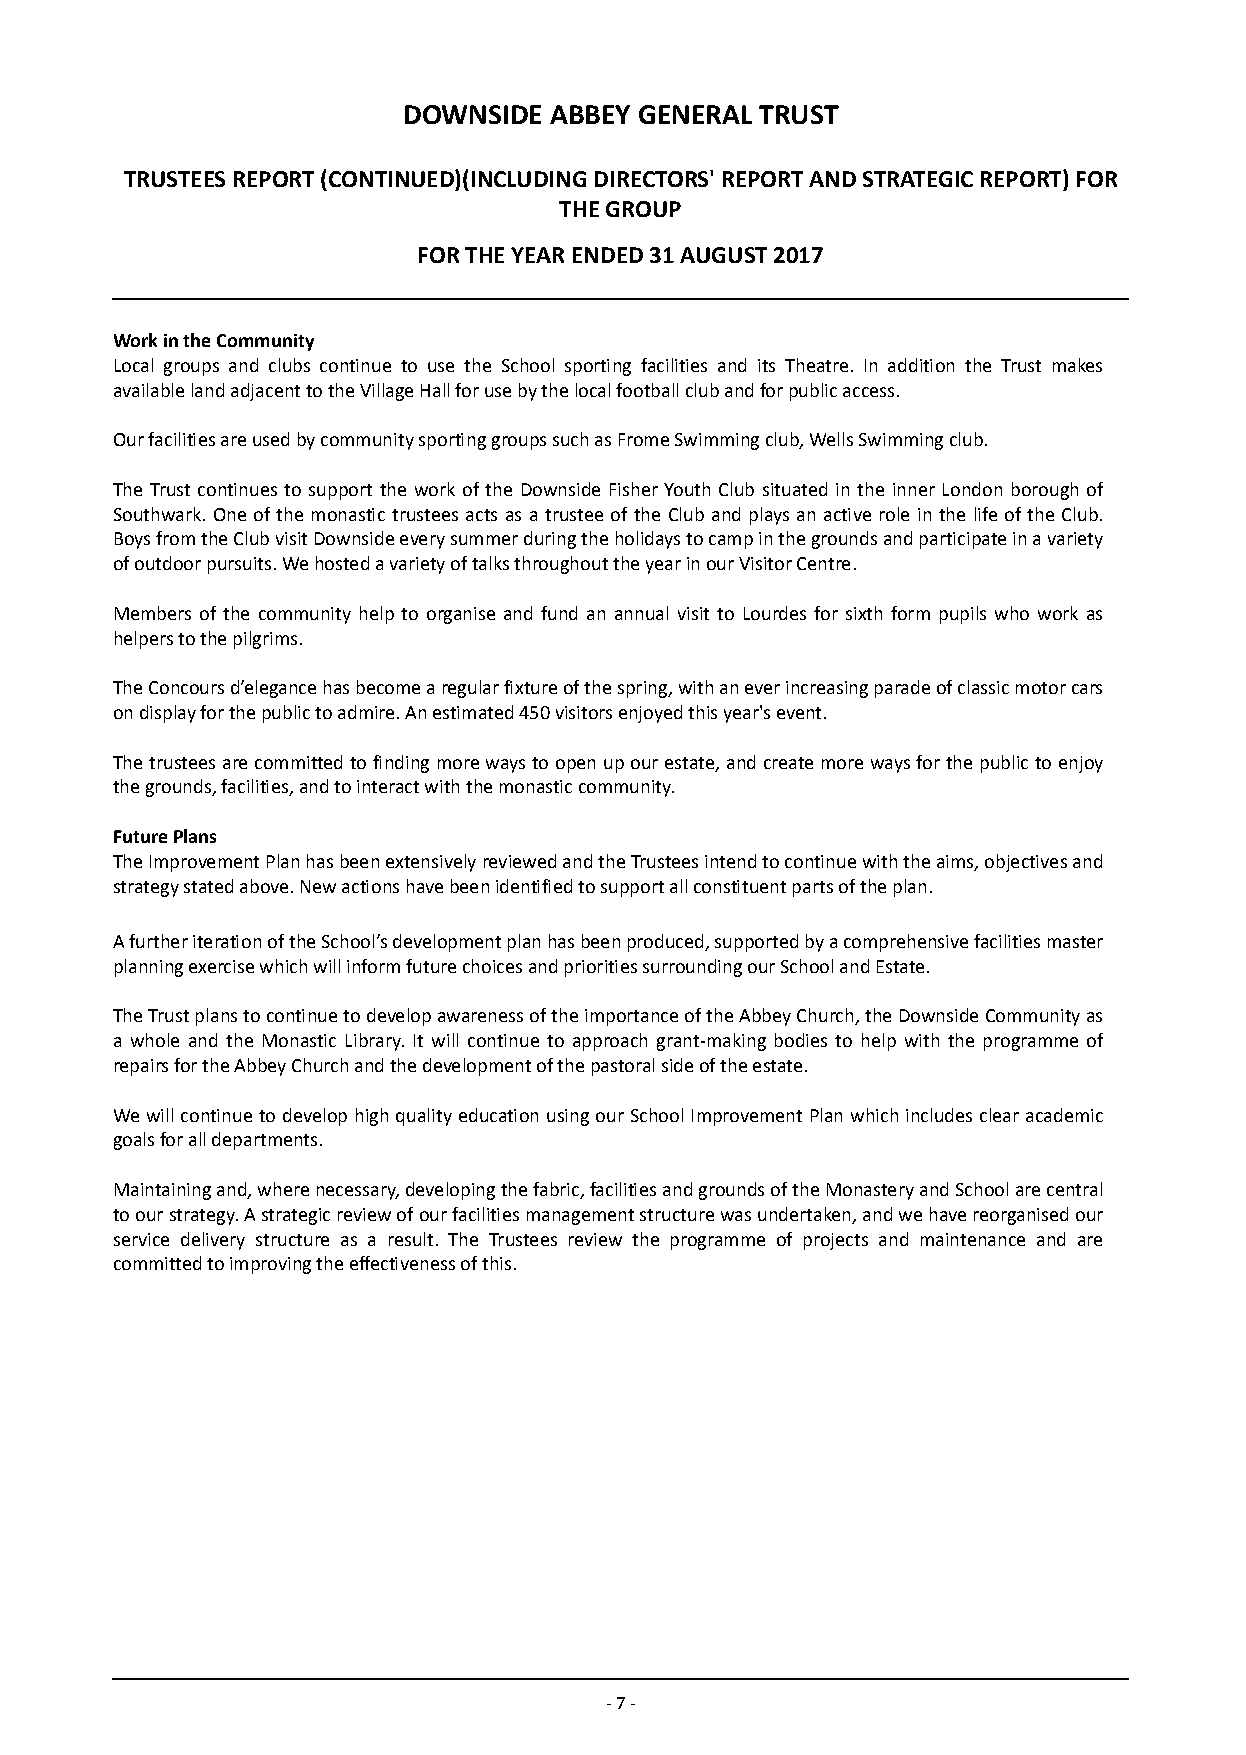
DOWNSIDE ABBEY GENERAL TRUST
 TRUSTEES REPORT (CONTINUED)(INCLUDING DIRECTORS' REPORT AND STRATEGIC REPORT) FOR
 THE GROUP
 FOR THE YEAR ENDED 31 AUGUST 2017
 Work in the Community
 Local groups and clubs continue to use the School sporting facilities and its Theatre. In addition the Trust makes
 available land adjacent to the Village Hall for use by the local football club and for public access.
 Our facilities are used by community sporting groups such as Frome Swimming club, Wells Swimming club.
 The Trust continues to support the work of the Downside Fisher Youth Club situated in the inner London borough of
 Southwark. One of the monastic trustees acts as a trustee of the Club and plays an active role in the life of the Club.
 Boys from the Club visit Downside every summer during the holidays to camp in the grounds and participate in a variety
 of outdoor pursuits. We hosted a variety of talks throughout the year in our Visitor Centre.
 Members of the community help to organise and fund an annual visit to Lourdes for sixth form pupils who work as
 helpers to the pilgrims.
 The Concours d’elegance has become a regular fixture of the spring, with an ever increasing parade of classic motor cars
 on display for the public to admire. An estimated 450 visitors enjoyed this year's event.
 The trustees are committed to finding more ways to open up our estate, and create more ways for the public to enjoy
 the grounds, facilities, and to interact with the monastic community.
 Future Plans
 The Improvement Plan has been extensively reviewed and the Trustees intend to continue with the aims, objectives and
 strategy stated above. New actions have been identified to support all constituent parts of the plan.
 A further iteration of the School’s development plan has been produced, supported by a comprehensive facilities master
 planning exercise which will inform future choices and priorities surrounding our School and Estate.
 The Trust plans to continue to develop awareness of the importance of the Abbey Church, the Downside Community as
 a whole and the Monastic Library. It will continue to approach grant-making bodies to help with the programme of
 repairs for the Abbey Church and the development of the pastoral side of the estate.
 We will continue to develop high quality education using our School Improvement Plan which includes clear academic
 goals for all departments.
 Maintaining and, where necessary, developing the fabric, facilities and grounds of the Monastery and School are central
 to our strategy. A strategic review of our facilities management structure was undertaken, and we have reorganised our
 service delivery structure as a result. The Trustees review the programme of projects and maintenance and are
 committed to improving the effectiveness of this.
 - 7 -